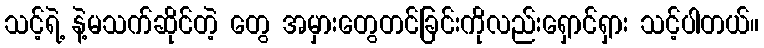
သင့်ရဲ့ နဲ့မသက်ဆိုင်တဲ့ တွေ အမှားတွေတင်ခြင်းကိုလည်းရှောင်ရှား သင့်ပါတယ်။